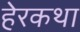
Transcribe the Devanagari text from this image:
हेरकथा